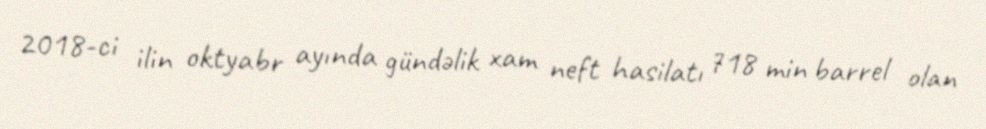
2018-ci ilin oktyabr ayında gündəlik xam neft hasilatı 718 min barrel olan